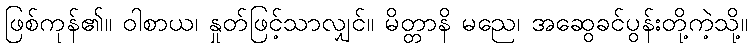
ဖြစ်ကုန်၏။ ဝါစာယ၊ နှုတ်ဖြင့်သာလျှင်။ မိတ္တာနိ မညေ၊ အဆွေခင်ပွန်းတို့ကဲ့သို့။